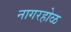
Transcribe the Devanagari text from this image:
नागरहोळ